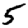
Digit: 5